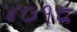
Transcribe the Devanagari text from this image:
४०१८